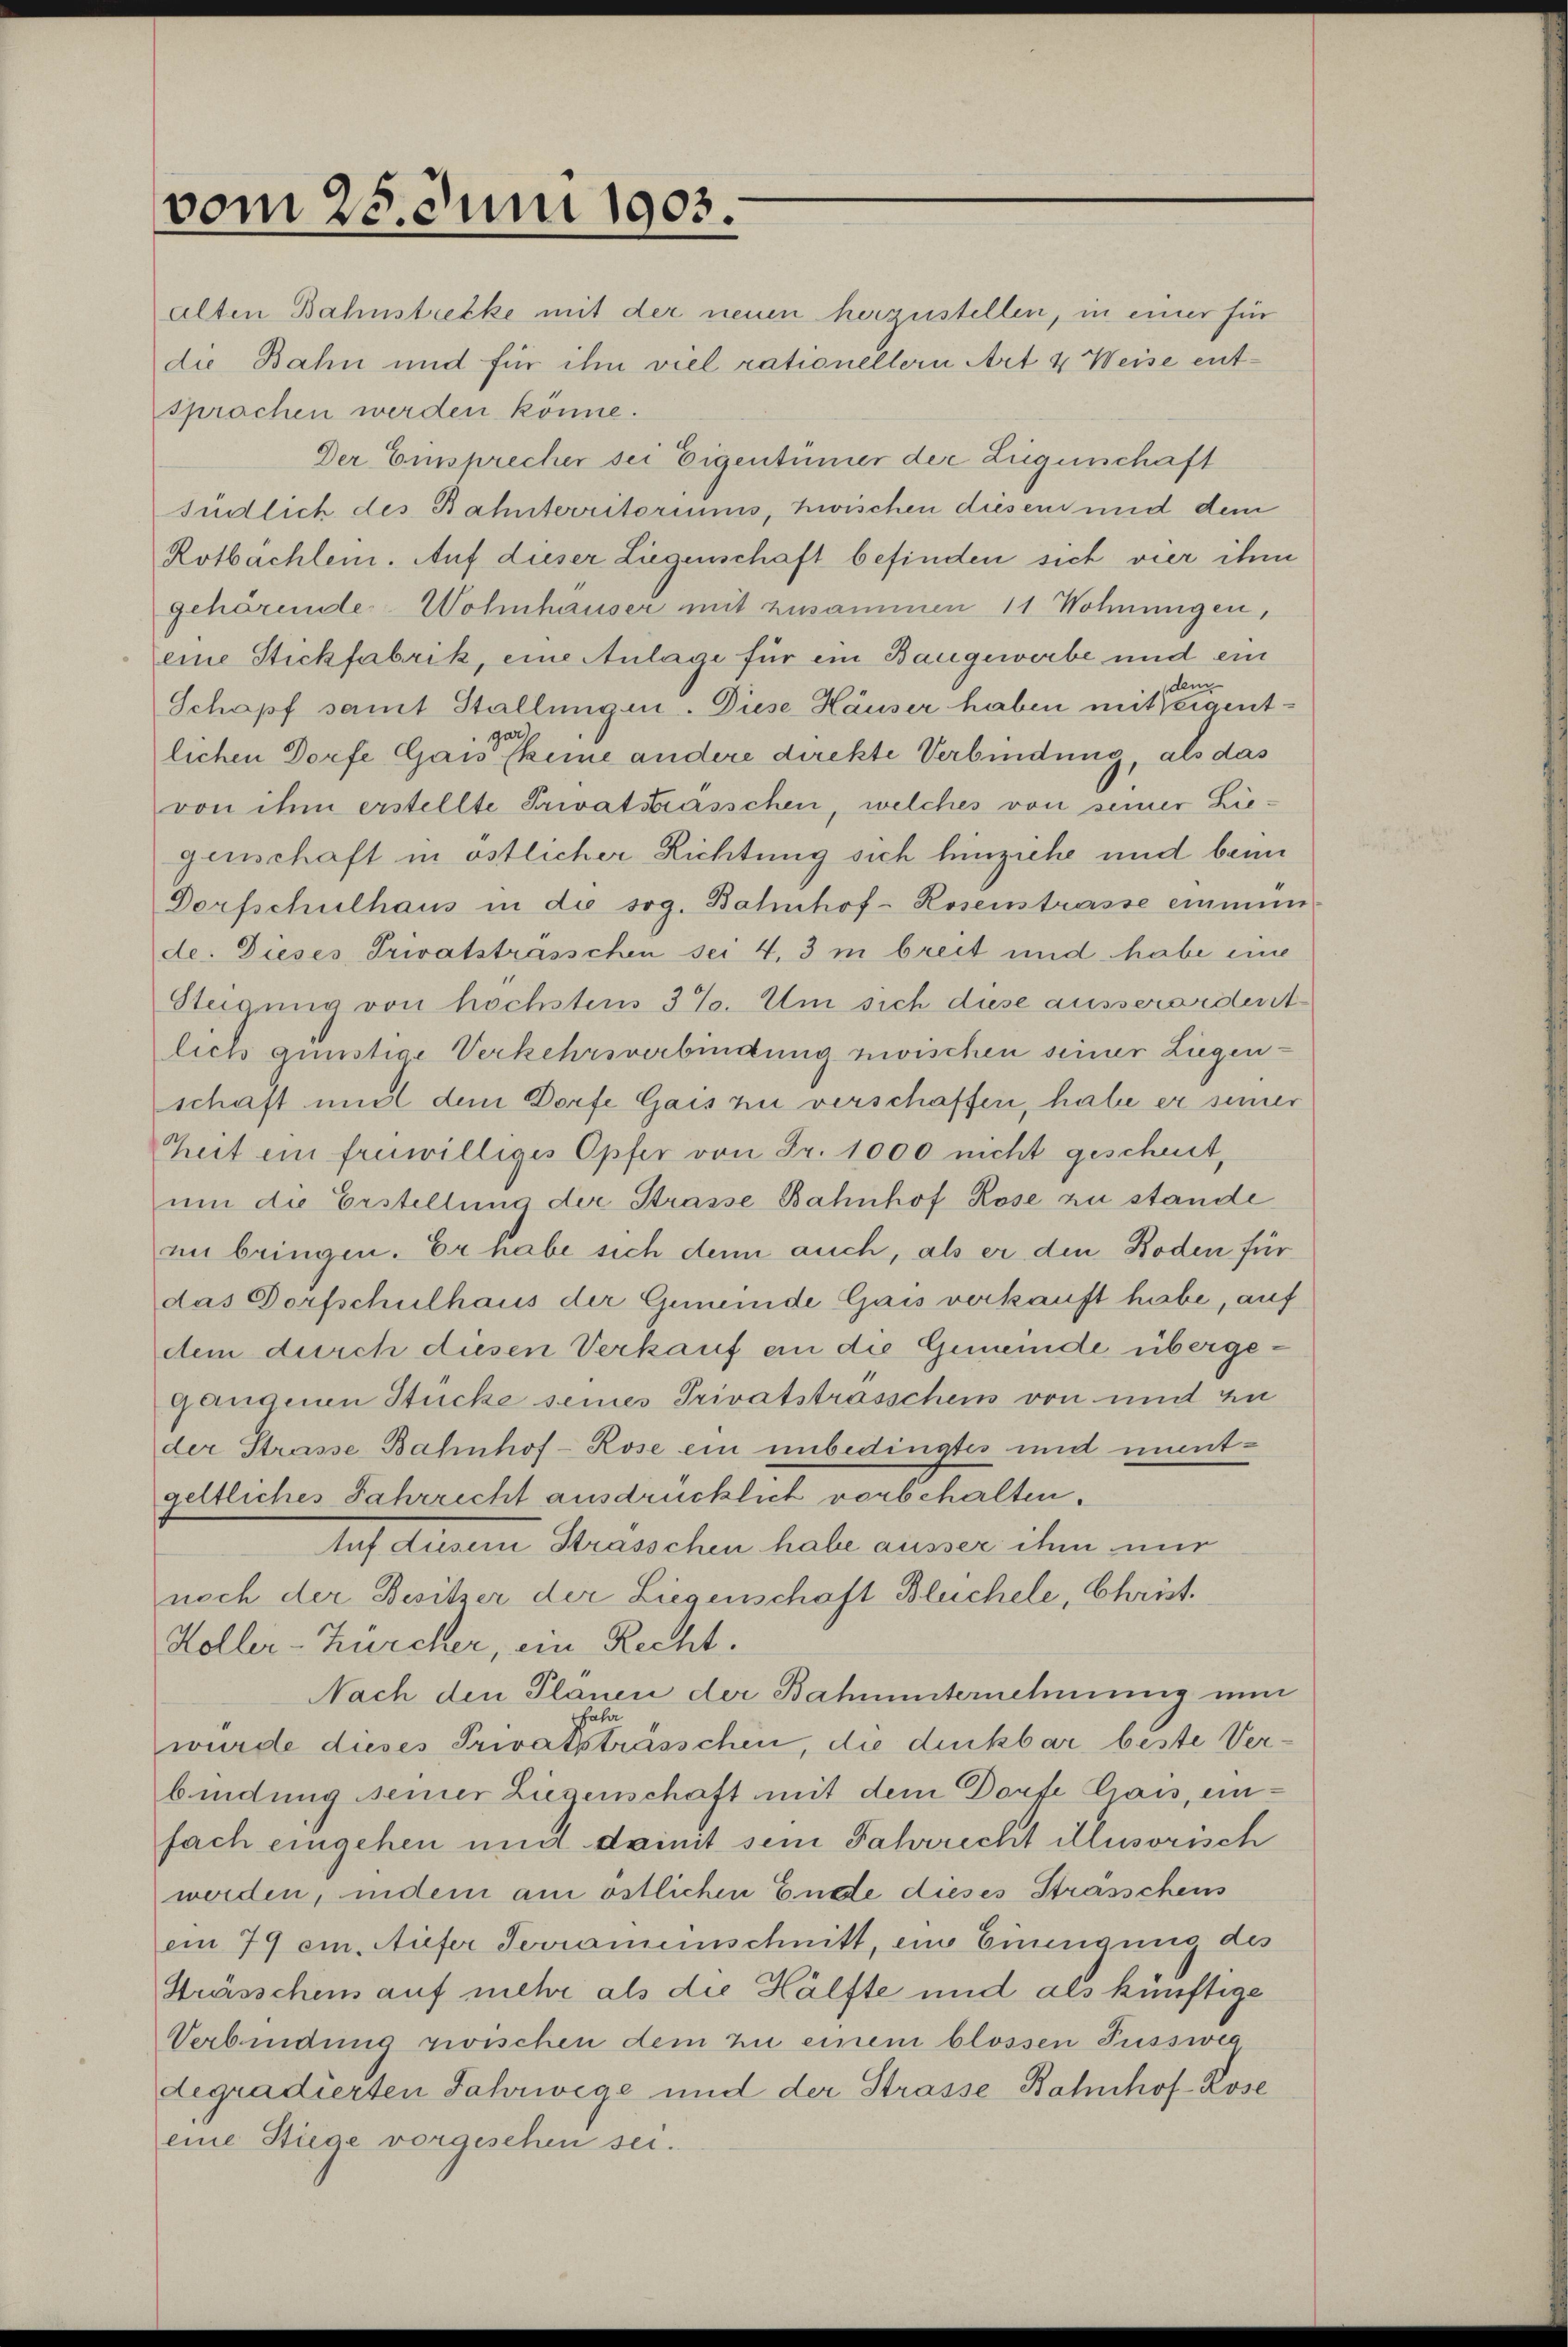
vom 25. Juni 1903.

alten Bahnstrecke mit der neuen herzustellen, in einer für
die Bahn und für ihn viel rationellern Art & Weise entsprachen werden könne.
Der Einsprecher sei Eigentümer der Zugenschaft
sidlich des Bahnterritoriums, zwischen diesem und dem
Rotbachlein. Auf dieser Liegenschaft befinden sich vier ihm
gehörente Wohnhauser mit zusammen 11 Wohnungen,
eine Stickfabrik, eine Anlage für ein Baugewerbe und ein
dem
Schopf samt Stallungen. Diese Häuser haben mit eigentgar
lichen Dorfe Gais skeine andere direkte Verbindung, als das
von ihm erstellte Privatsträsschen, welches von seiner Liegenschaft in östlicher Richtung sich hinziehe und beim
Dorfschulhaus in die sog. Bahnhof-Rosenstrasse einmün
de. Dieses Privatstrasschen sei 4, 3 m breit und habe eine
Steigung von höchsten 3%. Um sich diese ausserordent
lich qunstige Verkehrsverbindung zwischen seiner Liegenschaft und dem Dorfe Gais zu verschaffen, habe er seiner
Zeit ein freiwilliges Opfer von Fr. 1000 nicht geschent,
um die Erstellung der Strasse Bahnhof Rose zu stande
nn bringen. Er habe sich denn auch, als er den Roden für
das Dorfschulhaus der Gemeinde Gais verkauft habe, auf
dem durch diesen Verkauf an die Gemeinde übergegangenen Stücke seines Privatstrasschein von mit zu
der Strasse Bahnhof-Rose ein unbedingtes und unentgeltliches Jahrrecht ausdrücklich vorbehalten.
tuf diesem Strasschen habe ausser ihm nur
noch der Besitzer der Liegenschaft Blüchele, Chrüt¬
Koller-Zürcher, ein Recht.
Nach den Planen der Bahnunternehmung nun
hala
wurde dieses Privatsträsschen, die denkbar beste Verbindung seiner Liegenschaft mit dem Dorfe Krais, einfach eingehen und damit sein Jahrrecht illusorisch
werden, indem am östlichen Ende dieses Strasschens
emn 79 ein. Niefer Terrameinschnitt, ein Einengung des
Srässchens auf mehr als die Hälfte und als künftige
Verbindung zwischen dem zu einem blossen Fussweg
degradierten Jahrwege und der Strasse Bahnhof-Rose
eine Stüge vorgesehen sei.